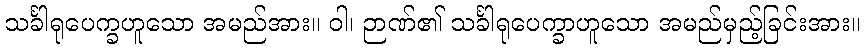
သင်္ခါရုပေက္ခဟူသော အမည်အား။ ဝါ၊ ဉာဏ်၏ သင်္ခါရုပေက္ခာဟူသော အမည်မှည့်ခြင်းအား။